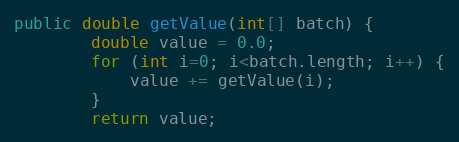
Language: Java
public double getValue(int[] batch) {
        double value = 0.0;
        for (int i=0; i<batch.length; i++) {
            value += getValue(i);
        }
        return value;